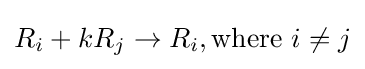
R_{i}+kR_{j}\rightarrow R_{i},{\mbox{where }}i\neq j